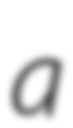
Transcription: a